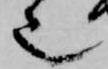
也